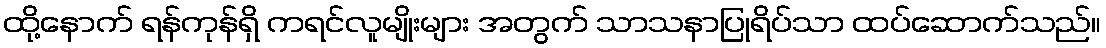
ထို့နောက် ရန်ကုန်ရှိ ကရင်လူမျိုးများ အတွက် သာသနာပြုရိပ်သာ ထပ်ဆောက်သည်။